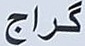
گراج